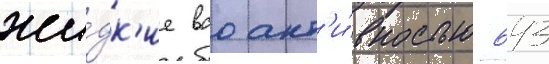
жи́дк'ие вао акт'и́вностью 643